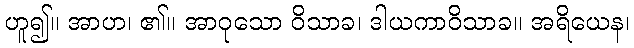
ဟူ၍။ အာဟ၊ ၏။ အာဝုသော ဝိသာခ၊ ဒါယကာဝိသာခ။ အရိယေန၊